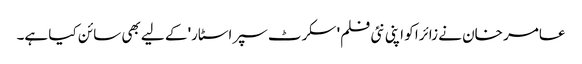
عامر خان نے زائرا کو اپنی نئی فلم' سکرٹ سپراسٹار' کے لیے بھی سائن کیا ہے۔